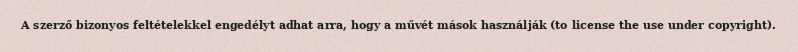
A szerző bizonyos feltételekkel engedélyt adhat arra, hogy a művét mások használják (to license the use under copyright).